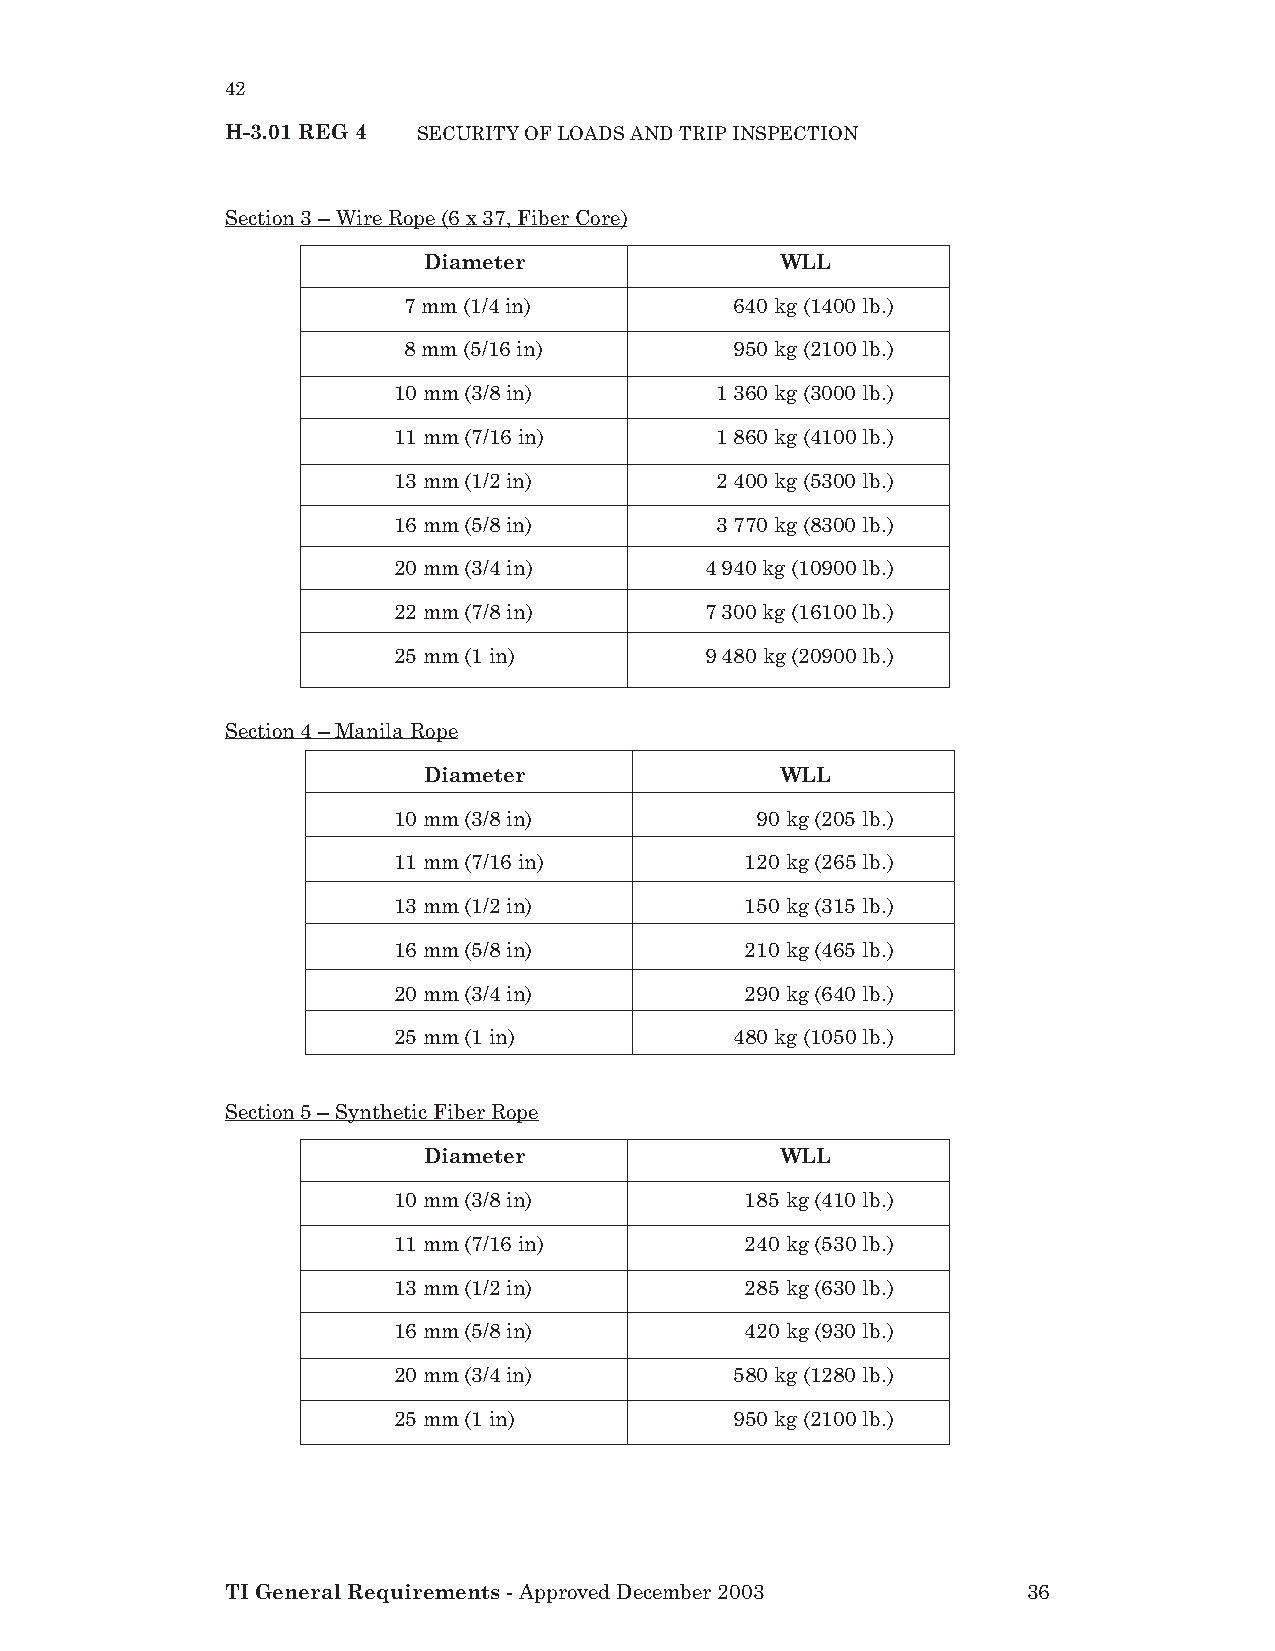
42
 H-3.01 REG 4 SECURITY OF LOADS AND TRIP INSPECTION
 Section 3 – Wire Rope (6 x 37, Fiber Core)
 Diameter                WLL
 7 mm (1/4 in)         640 kg (1400 lb.)
 8 mm (5/16 in)        950 kg (2100 lb.)
 10 mm (3/8 in)       1360 kg (3000 lb.)
 11 mm (7/16 in)      1860 kg (4100 lb.)
 13 mm (1/2 in)       2400 kg (5300 lb.)
 16 mm (5/8 in)       3770 kg (8300 lb.)
 20 mm (3/4 in)       4940 kg (10900 lb.)
 22 mm (7/8 in)       7300 kg (16100 lb.)
 25 mm (1 in)         9480 kg (20900 lb.)
 Section 4 – Manila Rope
 Diameter                WLL
 10 mm (3/8 in)          90 kg (205 lb.)
 11 mm (7/16 in)        120 kg (265 lb.)
 13 mm (1/2 in)         150 kg (315 lb.)
 16 mm (5/8 in)         210 kg (465 lb.)
 20 mm (3/4 in)         290 kg (640 lb.)
 25 mm (1 in)           480 kg (1050 lb.)
 Section 5 – Synthetic Fiber Rope
 Diameter                WLL
 10 mm (3/8 in)         185 kg (410 lb.)
 11 mm (7/16 in)        240 kg (530 lb.)
 13 mm (1/2 in)         285 kg (630 lb.)
 16 mm (5/8 in)         420 kg (930 lb.)
 20 mm (3/4 in)         580 kg (1280 lb.)
 25 mm (1 in)           950 kg (2100 lb.)
 TI General Requirements - Approved December 2003     36